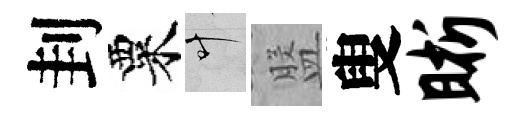
刲粟叶盤叟晰